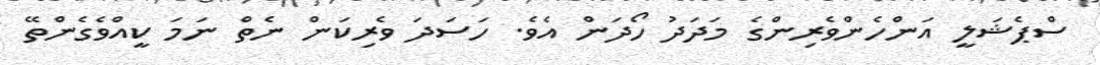
ސްޕެޝަލީ އަންހެންވެރިންގެ މަދަދު ހޯދަން އެވެ. ހަަސަދަ ވެރިކަން ނެތް ނަމަ ކީއްވެގެންތޭ